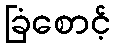
ခြံစောင့်